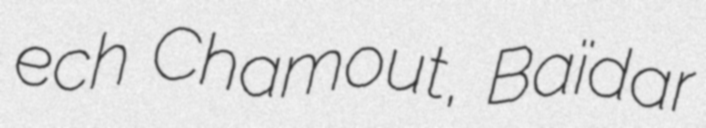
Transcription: ech Chamout, Baïdar